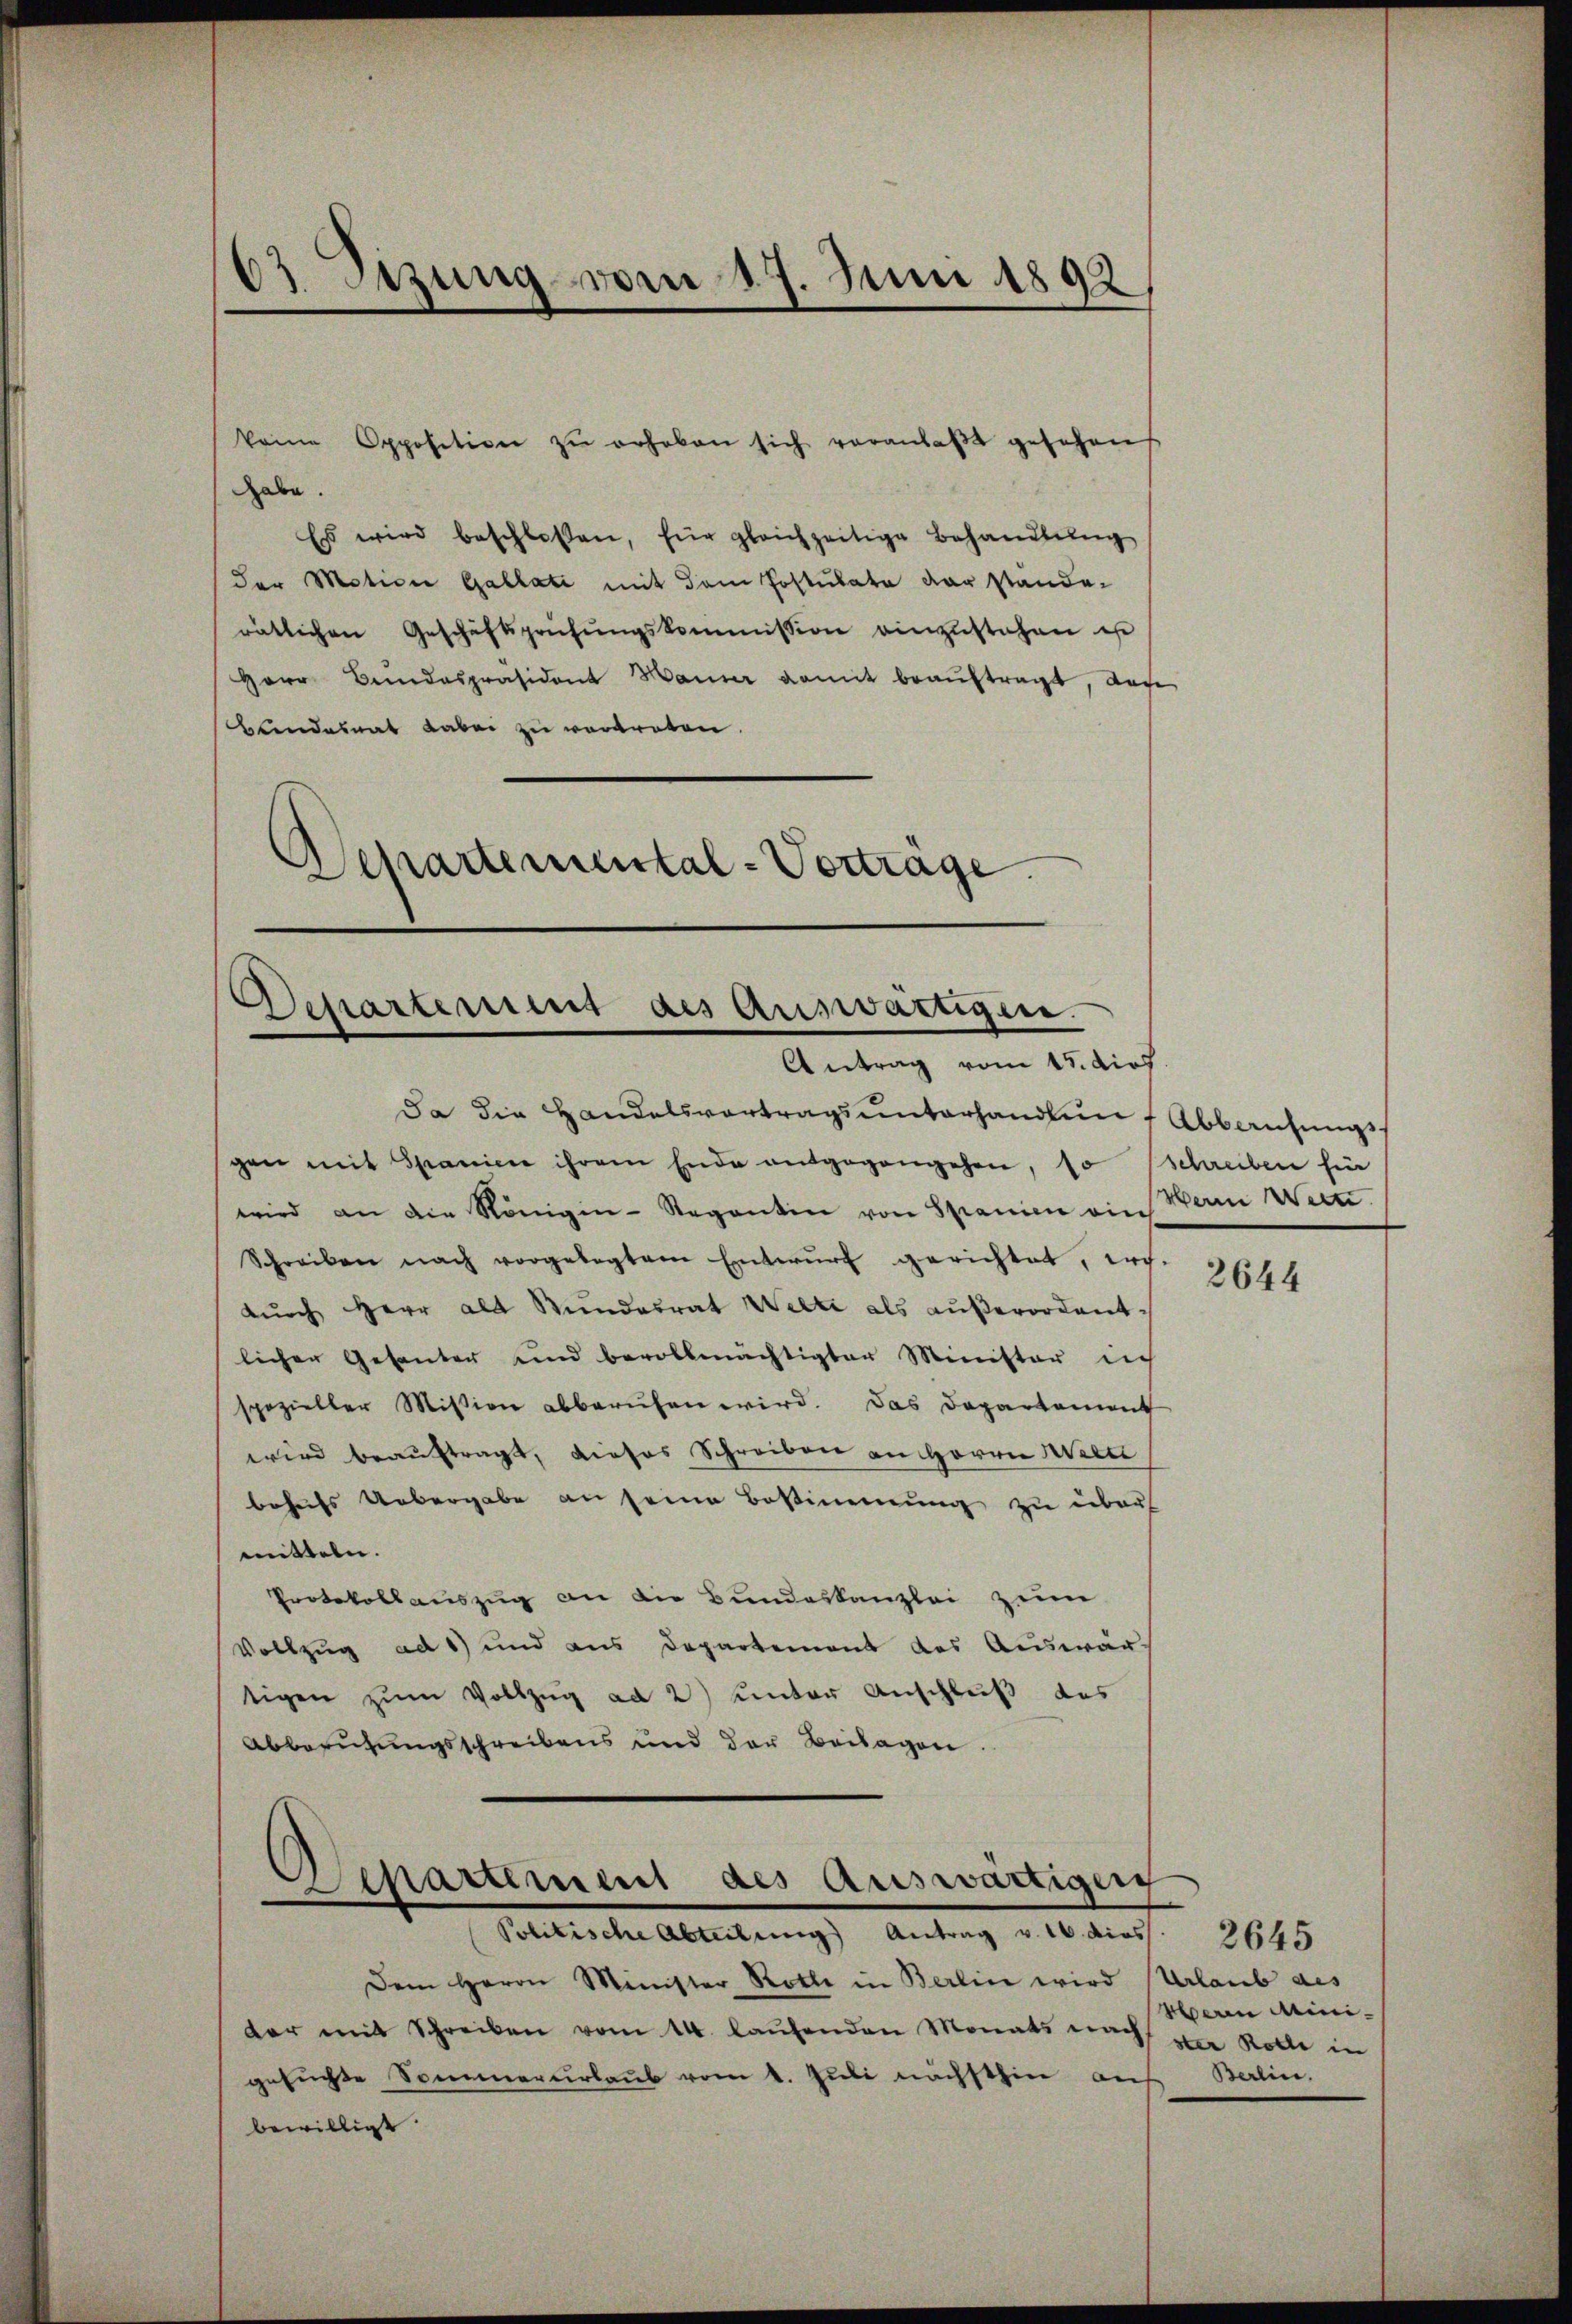
63 Setzung vom 17. Juni 1892

keine Opposition zŭ erheben sich veranlaβt gesehen
habe.
Es wird beschlossen, für gleichzeitige Behandlŭng
der Motion Gallati mit dem Postulate der stande-
rätlichen Geschäftsprüfungskommission einzustehen ist
Herr Bundespräsident Hauser damit beaŭftragt, das
Bundesrat dabei zu vertreten.
Separtemental-Verträge

Schartemen des Auswärtigen.
Antrag vom 15. dies

Da die Handelsvortragsunterhandlun
gen mit Spanien ihrem Ende entgegengehen, so
wird an die Königin-Regentin von Spanien ein Wann Wein
Schreiben nach vorgelegtem Entwŭrf gerichtet, er-
dŭrch Herr alt Rŭndesrat Welti als aŭβerordent-
licher Gesanter und bevollmächtigter Minister nich
spezieller Mission abberufen wird. Das Departement
wird beauftragt, dieses Schreiben an Herrn Miet
behufs Uebergabe an seine Bestimmung zu über
mitteln.
Protokollauszug an die Bundeskanzlei zum
Vollzug ad 1) und aus Departement des Auswar-
tigen zum Vollzug ad 2) unter Anschluß das
Abbesuchungsschreibens und der Beilagen.
Politische Abteilung Antrag v. 16. dies: 2645
Dem Herrn Minister Rothe in Berlin wird
dar mit Schreiben vom 14. laŭfenden Monats nach der Rolle in
gesuchte Sommerurlaub vom 1. Juli nächsthin an
bewilligt.

Departemen des Auswärtigen

Abbausungs-
schreiben für

2644

Urlaub aus
Heren Mini¬
Berlin,